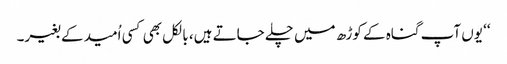
‘‘ یوں آپ گناہ کے کوڑھ میں چلے جاتے ہیں، بالکل بھی کسی اُمید کے بغیر۔